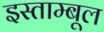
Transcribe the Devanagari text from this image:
इस्ताम्बूल